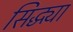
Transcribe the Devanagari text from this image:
सिद्ध्या